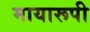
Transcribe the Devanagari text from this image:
मायारूपी